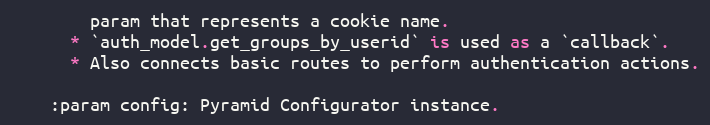
Language: Python
        param that represents a cookie name.
      * `auth_model.get_groups_by_userid` is used as a `callback`.
      * Also connects basic routes to perform authentication actions.

    :param config: Pyramid Configurator instance.